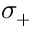
\sigma _ { + }